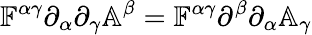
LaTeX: \mathbb{F}^{\alpha\gamma}\partial_{\alpha}\partial_{\gamma}\mathbb{A}^{\beta}=\mathbb{F}^{\alpha\gamma}\partial^{\beta}\partial_{\alpha}\mathbb{A}_{\gamma}